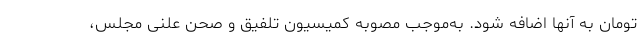
تومان به آنها اضافه شود. به‌موجب مصوبه کمیسیون تلفیق و صحن علنی مجلس،